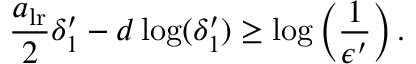
\frac { a _ { \mathrm { l r } } } { 2 } \delta _ { 1 } ^ { \prime } - d \log ( \delta _ { 1 } ^ { \prime } ) \geq \log \left( \frac { 1 } { \epsilon ^ { \prime } } \right) .